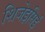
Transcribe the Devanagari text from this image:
शिजेइसिई